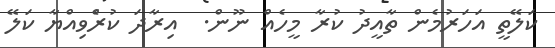
ކަލޭތީ އަހަރުމެން ތާއީދު ކުރާ މީހެއް ނޫން.  އިރާދަ ކުރެްވިއްޔާ ކަލޭ